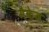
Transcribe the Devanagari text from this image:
मैकेज